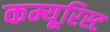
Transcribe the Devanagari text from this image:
कम्यूरिस्ट